Civil Veterinary Dept. Bombay admin report 1900-1906 - 1900-1906
Year: 1900
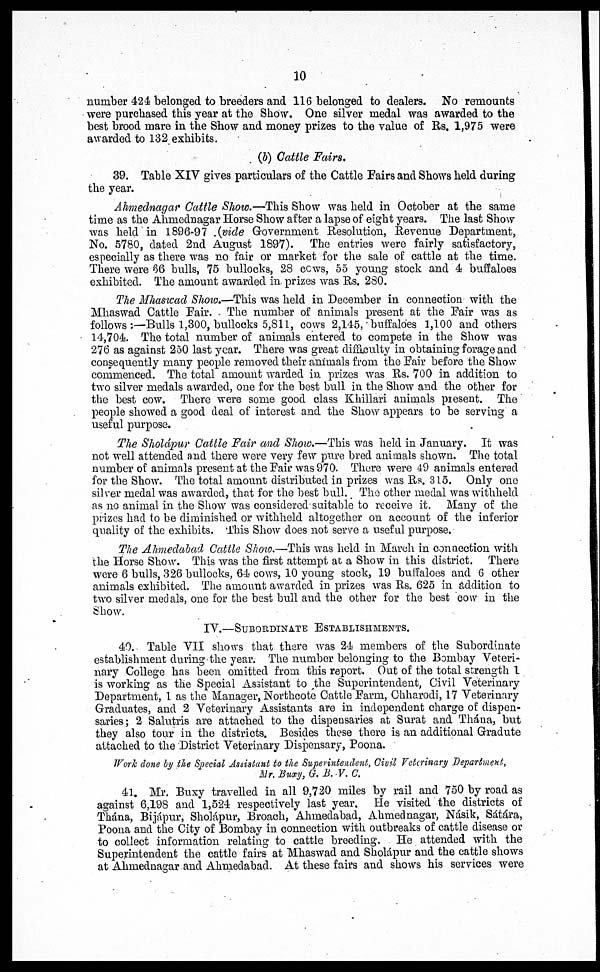
10
number 424 belonged to breeders and 116 belonged to dealers. No remounts
were purchased this year at the Show. One silver medal was awarded to the
best brood mare in the Show and money prizes to the value of Rs. 1,975 were
awarded to 132 exhibits.
(b) Cattle Fairs.
39. Table XIV gives particulars of the Cattle Fairs and Shows held during
the year.
Ahmednagar Cattle Show.—This Show was held in October at the same
time as the Ahmednagar Horse Show after a lapse of eight years. The last Show
was held in 1896-97 (vide Government Resolution, Revenue Department,
No. 5780, dated 2nd August 1897). The entries were fairly satisfactory,
especially as there was no fair or market for the sale of cattle at the time.
There were 66 bulls, 75 bullocks, 28 cows, 55 young stock and 4 buffaloes
exhibited. The amount awarded in prizes was Rs. 280.
The Mhaswad Show.—This was held in December in connection with the
Mhaswad Cattle Fair. The number of animals present at the Fair was as
follows:—Bulls 1,300, bullocks 5,811, cows 2,145, buffaloes 1,100 and others
14,704. The total number of animals entered to compete in the Show was
276 as against 250 last year. There was great difficulty in obtaining forage and
consequently many people removed their animals from the Fair before the Show
commenced. The total amount warded in prizes was Rs. 700 in addition to
two silver medals awarded, one for the best bull in the Show and the other for
the best cow. There were some good class Khillari animals present. The
people showed a good deal of interest and the Show appears to be serving a
useful purpose.
The Sholápur Cattle Fair and Show.—This was held in January. It was
not well attended and there were very few pure bred animals shown, The total
number of animals present at the Fair was 970. There were 49 animals entered
for the Show. The total amount distributed in prizes was Rs. 315. Only one
silver medal was awarded, that for the best bull. The other medal was withheld
as no animal in the Show was considered suitable to receive it. Many of the
prizes had to be diminished or withheld altogether on account of the inferior
quality of the exhibits. This Show does not serve a useful purpose.
The Ahmedabad Cattle Show.—This was held in March in connection with
the Horse Show. This was the first attempt at a Show in this district.
There
were 6 bulls, 326 bullocks, 64 cows, 10 young stock, 19 buffaloes and 6 other
animals exhibited. The amount awarded in prizes was Rs. 625 in addition to
two silver medals, one for the best bull and the other for the best cow in the
Show.
IV.—SUBORDINATE ESTABLISHMENTS.
40. Table VII shows that there was 24 members of the Subordinate
establishment during the year. The number belonging to the Bombay Veteri-
nary College has been omitted from this report. Out of the total strength 1
is working as the Special Assistant to the Superintendent, Civil Veterinary
Department, 1 as the Manager, Northcote Cattle Farm, Chharodi, 17 Veterinary
Graduates, and 2 Veterinary Assistants are in independent charge of dispen-
saries; 2 Salutris are attached to the dispensaries at Surat and Thána, but
they also tour in the districts. Besides these there is an additional Gradute
attached to the District Veterinary Dispensary, Poona.
Work clone by the Special Assistant to the Superintendent, Civil Veterinary Department,
Mr.Buxy, G. B. V. C.
41. Mr. Buxy travelled in all 9,720 miles by rail and 750 by road as
against 6,19S and 1,524 respectively last year.
He visited the districts of
Thána, Bijápur, Sholápur, Broach, Ahmedabad, Ahmednagar, Násik, Sátára,
Poona and the City of Bombay in connection with outbreaks of cattle disease or
to collect information relating to cattle breeding. He attended with the
Superintendent the cattle fairs at Mhaswad and Sholápur and the cattle shows
at Ahmednagar and Ahmedabad. At these fairs and shows his services were